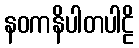
နဝကနိပါတပါဠိ